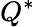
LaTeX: Q^{*}